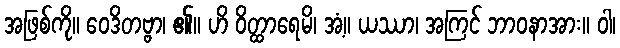
အဖြစ်ကို။ ဝေဒိတဗ္ဗာ၊ ၏။ ဟိ ဝိတ္ထာရေမိ၊ အံ့။ ယဿာ၊ အကြင် ဘာဝနာအား။ ဝါ၊